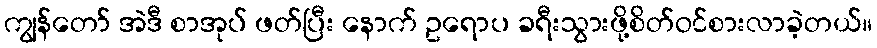
ကျွန်တော် အဲဒီ စာအုပ် ဖတ်ပြီး နောက် ဥရောပ ခရီးသွားဖို့စိတ်ဝင်စားလာခဲ့တယ်။